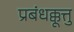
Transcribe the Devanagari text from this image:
प्रबंधक्कूत्तु